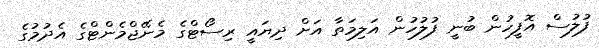
ފުލުސް އޮފީހުން ބުނީ ފުލުހުން އަލިމަތާ އަށް ދިޔައީ ރިސޯޓްގެ މެނޭޖްމެންޓްގެ އެދުމުގެ